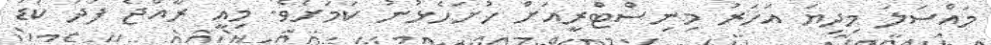
މައްސަލަ މިދިޔަ އަހަރު މިނިސްޓްރީއަށް ހުށަހެޅުނު ކަމަށެވެ. މިއީ ރާއްޖެ ފަދަ ކުޑަ